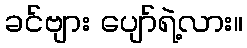
ခင်ဗျား ပျော်ရဲ့လား။